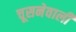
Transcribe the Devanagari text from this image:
चूसनेवाली